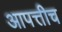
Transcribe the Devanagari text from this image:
आपत्तीच